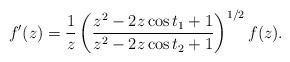
LaTeX: \begin{align*} f'(z)= \frac{1}{z}\left(\frac{z^2-2z\cos t_1+1}{z^2-2z\cos t_2+1}\right)^{1/2} f(z).\end{align*}